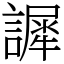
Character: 䜄